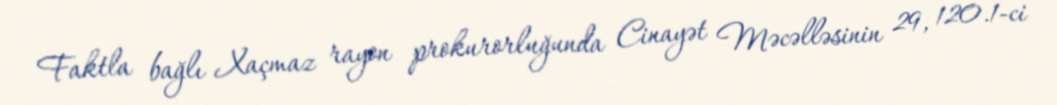
Faktla bağlı Xaçmaz rayon prokurorluğunda Cinayət Məcəlləsinin 29, 120.1-ci